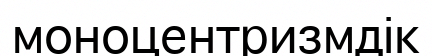
моноцентризмдік